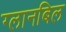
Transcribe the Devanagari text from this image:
ग्लानबिल